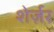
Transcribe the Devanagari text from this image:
शेर्ज़र